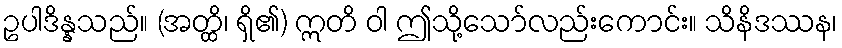
ဥပါဒိန္နသည်။ (အတ္ထိ၊ ရှိ၏) ဣတိ ဝါ ဤသို့သော်လည်းကောင်း။ သိနိဒဿန၊